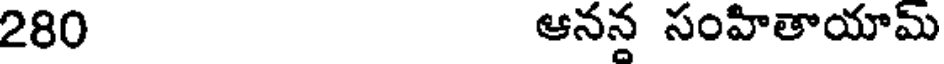
280 ఆనన సంహితాయామ్